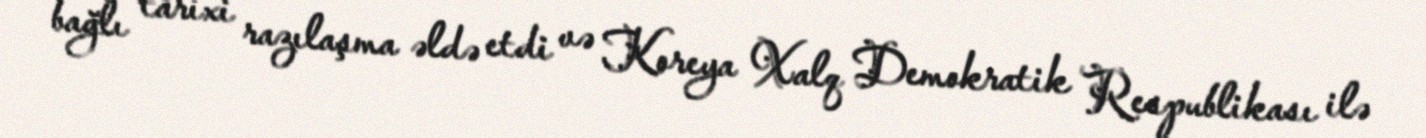
bağlı tarixi razılaşma əldə etdi və Koreya Xalq Demokratik Respublikası ilə